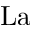
\mathrm { L a }